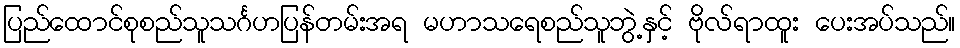
ပြည်ထောင်စုစည်သူသင်္ဂဟပြန်တမ်းအရ မဟာသရေစည်သူဘွဲ့နှင့် ဗိုလ်ရာထူး ပေးအပ်သည်။